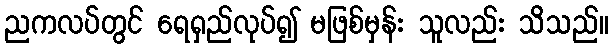
ညကလပ်တွင် ရေရှည်လုပ်၍ မဖြစ်မှန်း သူလည်း သိသည်။